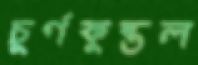
চূর্ণকুন্তল